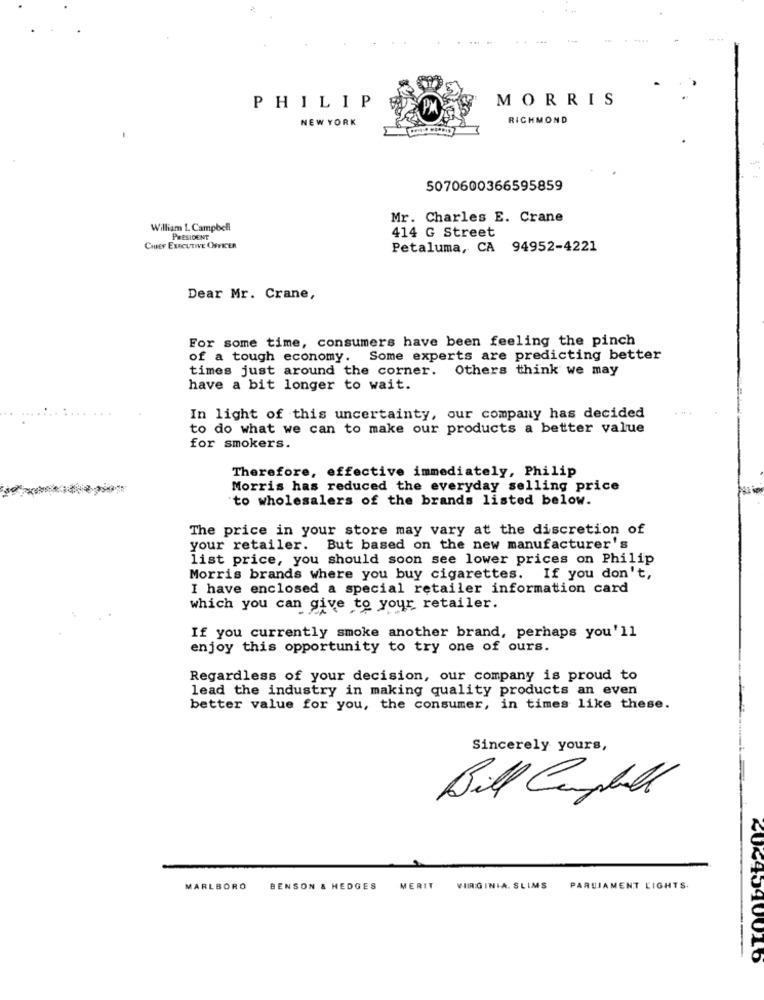
MORRIS
PHILIP
PM
NEW YORK
RICHMOND
5070600366595859
Mr. Charles E. Crane
William L. Campbell
414 G Street
PRESIDENT
CHIEF EXECUTIVE OFFICER
Petaluma, CA 94952-4221
Dear Mr. Crane,
For some time, consumers have been feeling the pinch
of a tough economy. Some experts are predicting better
times just around the corner. Others think we may
have a bit longer to wait.
In light of this uncertainty, our company has decided
to do what we can to make our products a better value
for smokers.
Therefore, effective immediately, Philip
Morris has reduced the everyday selling price
to wholesalers of the brands listed below.
The price in your store may vary at the discretion of
your retailer. But based on the new manufacturer's
list price, you should soon see lower prices on Philip
Morris brands where you buy cigarettes. If you don't,
I have enclosed a special retailer information card
which you can give to your retailer.
If you currently smoke another brand, perhaps you'll
enjoy this opportunity to try one of ours.
Regardless of your decision, our company is proud to
lead the industry in making quality products an even
better value for you, the consumer, in times like these.
Sincerely yours,
Bill Campbell
MARLBORO
BENSON & HEDGES
MERIT
VIRGINIA. SLIMS
PARLIAMENT LIGHTS